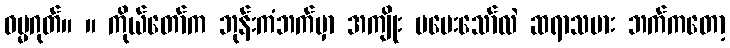
ဓမ္မဂုတ်။ ။ ကိုယ်တော်က ဘုန်းကံဘက်မှာ အကျိုး မပေးသော်လဲ ဆရာသမား ဘက်ကတော့